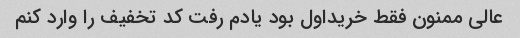
عالی ممنون فقط خریداول بود یادم رفت کد تخفیف را وارد کنم